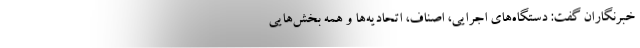
خبرنگاران گفت: دستگاه‌های اجرایی، اصناف، اتحادیه‌ها و همه بخش‌هایی